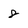
Character: 8